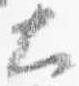
大